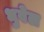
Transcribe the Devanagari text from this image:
धुवेल